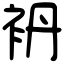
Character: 袇